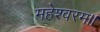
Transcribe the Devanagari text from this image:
महेश्वरम॥